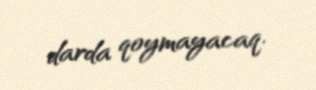
darda qoymayacaq.